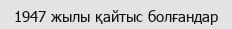
1947 жылы қайтыс болғандар